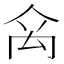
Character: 𥜼